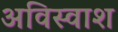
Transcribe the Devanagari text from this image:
अविस्वाश